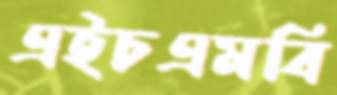
এইচএমবি